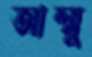
আম্মু